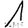
Digit: 1